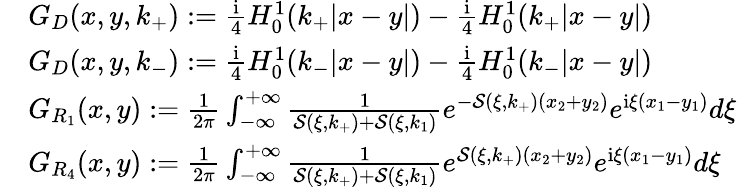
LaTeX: \begin{array}{rl}&{G_{D}(x,y,k_{+}):=\frac{\mathrm{i}}{4}H_{0}^{1}(k_{+}|x-y|)-\frac{\mathrm{i}}{4}H_{0}^{1}(k_{+}|x-y|)}\\ &{G_{D}(x,y,k_{-}):=\frac{\mathrm{i}}{4}H_{0}^{1}(k_{-}|x-y|)-\frac{\mathrm{i}}{4}H_{0}^{1}(k_{-}|x-y|)}\\ &{G_{R_{1}}(x,y):=\frac{1}{2\pi}\int_{-\infty}^{+\infty}\frac{1}{\mathcal{S}(\xi,k_{+})+\mathcal{S}(\xi,k_{1})}e^{-\mathcal{S}(\xi,k_{+})(x_{2}+y_{2})}e^{\mathrm{i}\xi(x_{1}-y_{1})}d\xi}\\ &{G_{R_{4}}(x,y):=\frac{1}{2\pi}\int_{-\infty}^{+\infty}\frac{1}{\mathcal{S}(\xi,k_{+})+\mathcal{S}(\xi,k_{1})}e^{\mathcal{S}(\xi,k_{+})(x_{2}+y_{2})}e^{\mathrm{i}\xi(x_{1}-y_{1})}d\xi}\end{array}